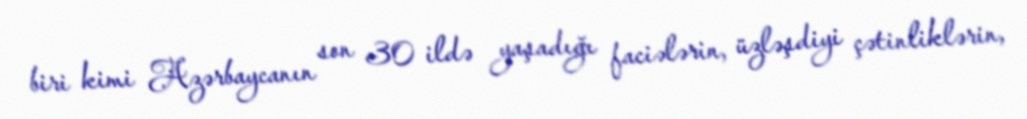
biri kimi Azərbaycanın son 30 ildə yaşadığı faciələrin, üzləşdiyi çətinliklərin,